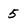
Character: 5